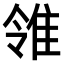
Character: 𨾠